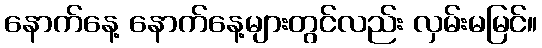
နောက်နေ့ နောက်နေ့များတွင်လည်း လှမ်းမမြင်။